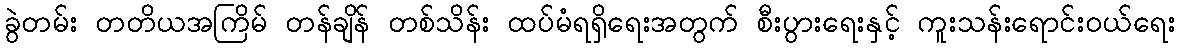
ခွဲတမ်း တတိယအကြိမ် တန်ချိန် တစ်သိန်း ထပ်မံရရှိရေးအတွက် စီးပွားရေးနှင့် ကူးသန်းရောင်းဝယ်ရေး